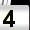
Digit: 4